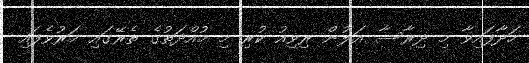
ހަދާފައިވާ މި ދިރާސާ އަލުން ރިވިއު ކުރި މި މުއްދަތުގެ ތެރޭގައި މަރުވެފައި